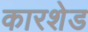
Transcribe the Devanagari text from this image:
कारशेड